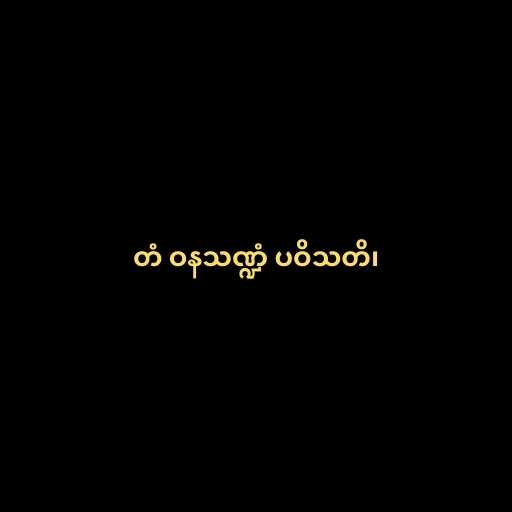
တံ ဝနသဏ္ဍံ ပဝိသတိ၊